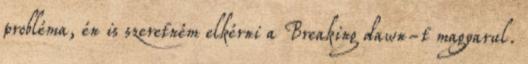
probléma, én is szeretném elkérni a Breaking dawn-t magyarul.